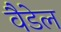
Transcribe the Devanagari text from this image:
वैडेल